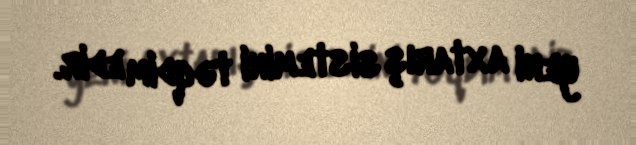
yeni axtarış sistemini təqdim edir.